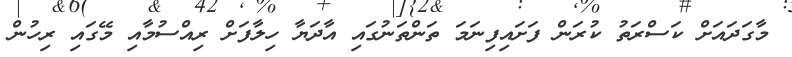
މާގަދައަށް ކަސްރަތު ކުރަން ފަށައިފިނަމަ ތަންތަނުގައި އާދަޔާ ހިލާފަށް ރިއްސުމާއި މޭގައި ރިހުން